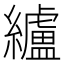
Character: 纑